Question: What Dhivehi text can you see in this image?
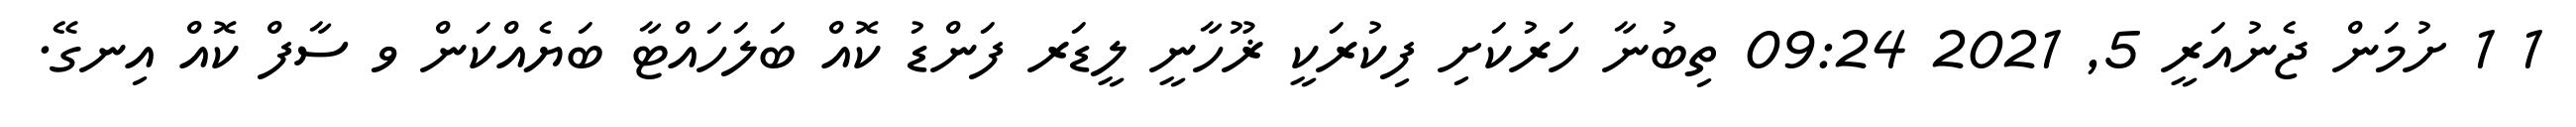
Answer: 1 1 ށުމަން ޖެނުއަރީ 5, 2021 09:24 ތިބުނާ ހަރުކަށި ފިކުރަކީ ޜޫހާނީ ލީޑަރ ފަންޑު ކޮއް ބަލަހައްޓާ ބަޔެއްކަން ވ ސާފް ކޮއް އިނގޭ.